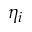
\eta _ { i }